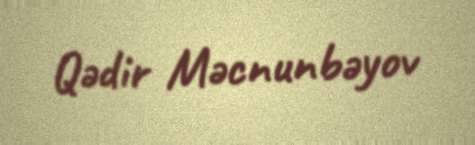
Qədir Məcnunbəyov